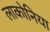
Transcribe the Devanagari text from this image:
लाकोनिया